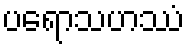
ပရောသဟဿံ